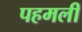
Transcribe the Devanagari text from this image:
पहमली